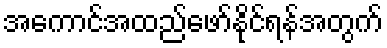
အကောင်အထည်ဖော်နိုင်ရန်အတွက်